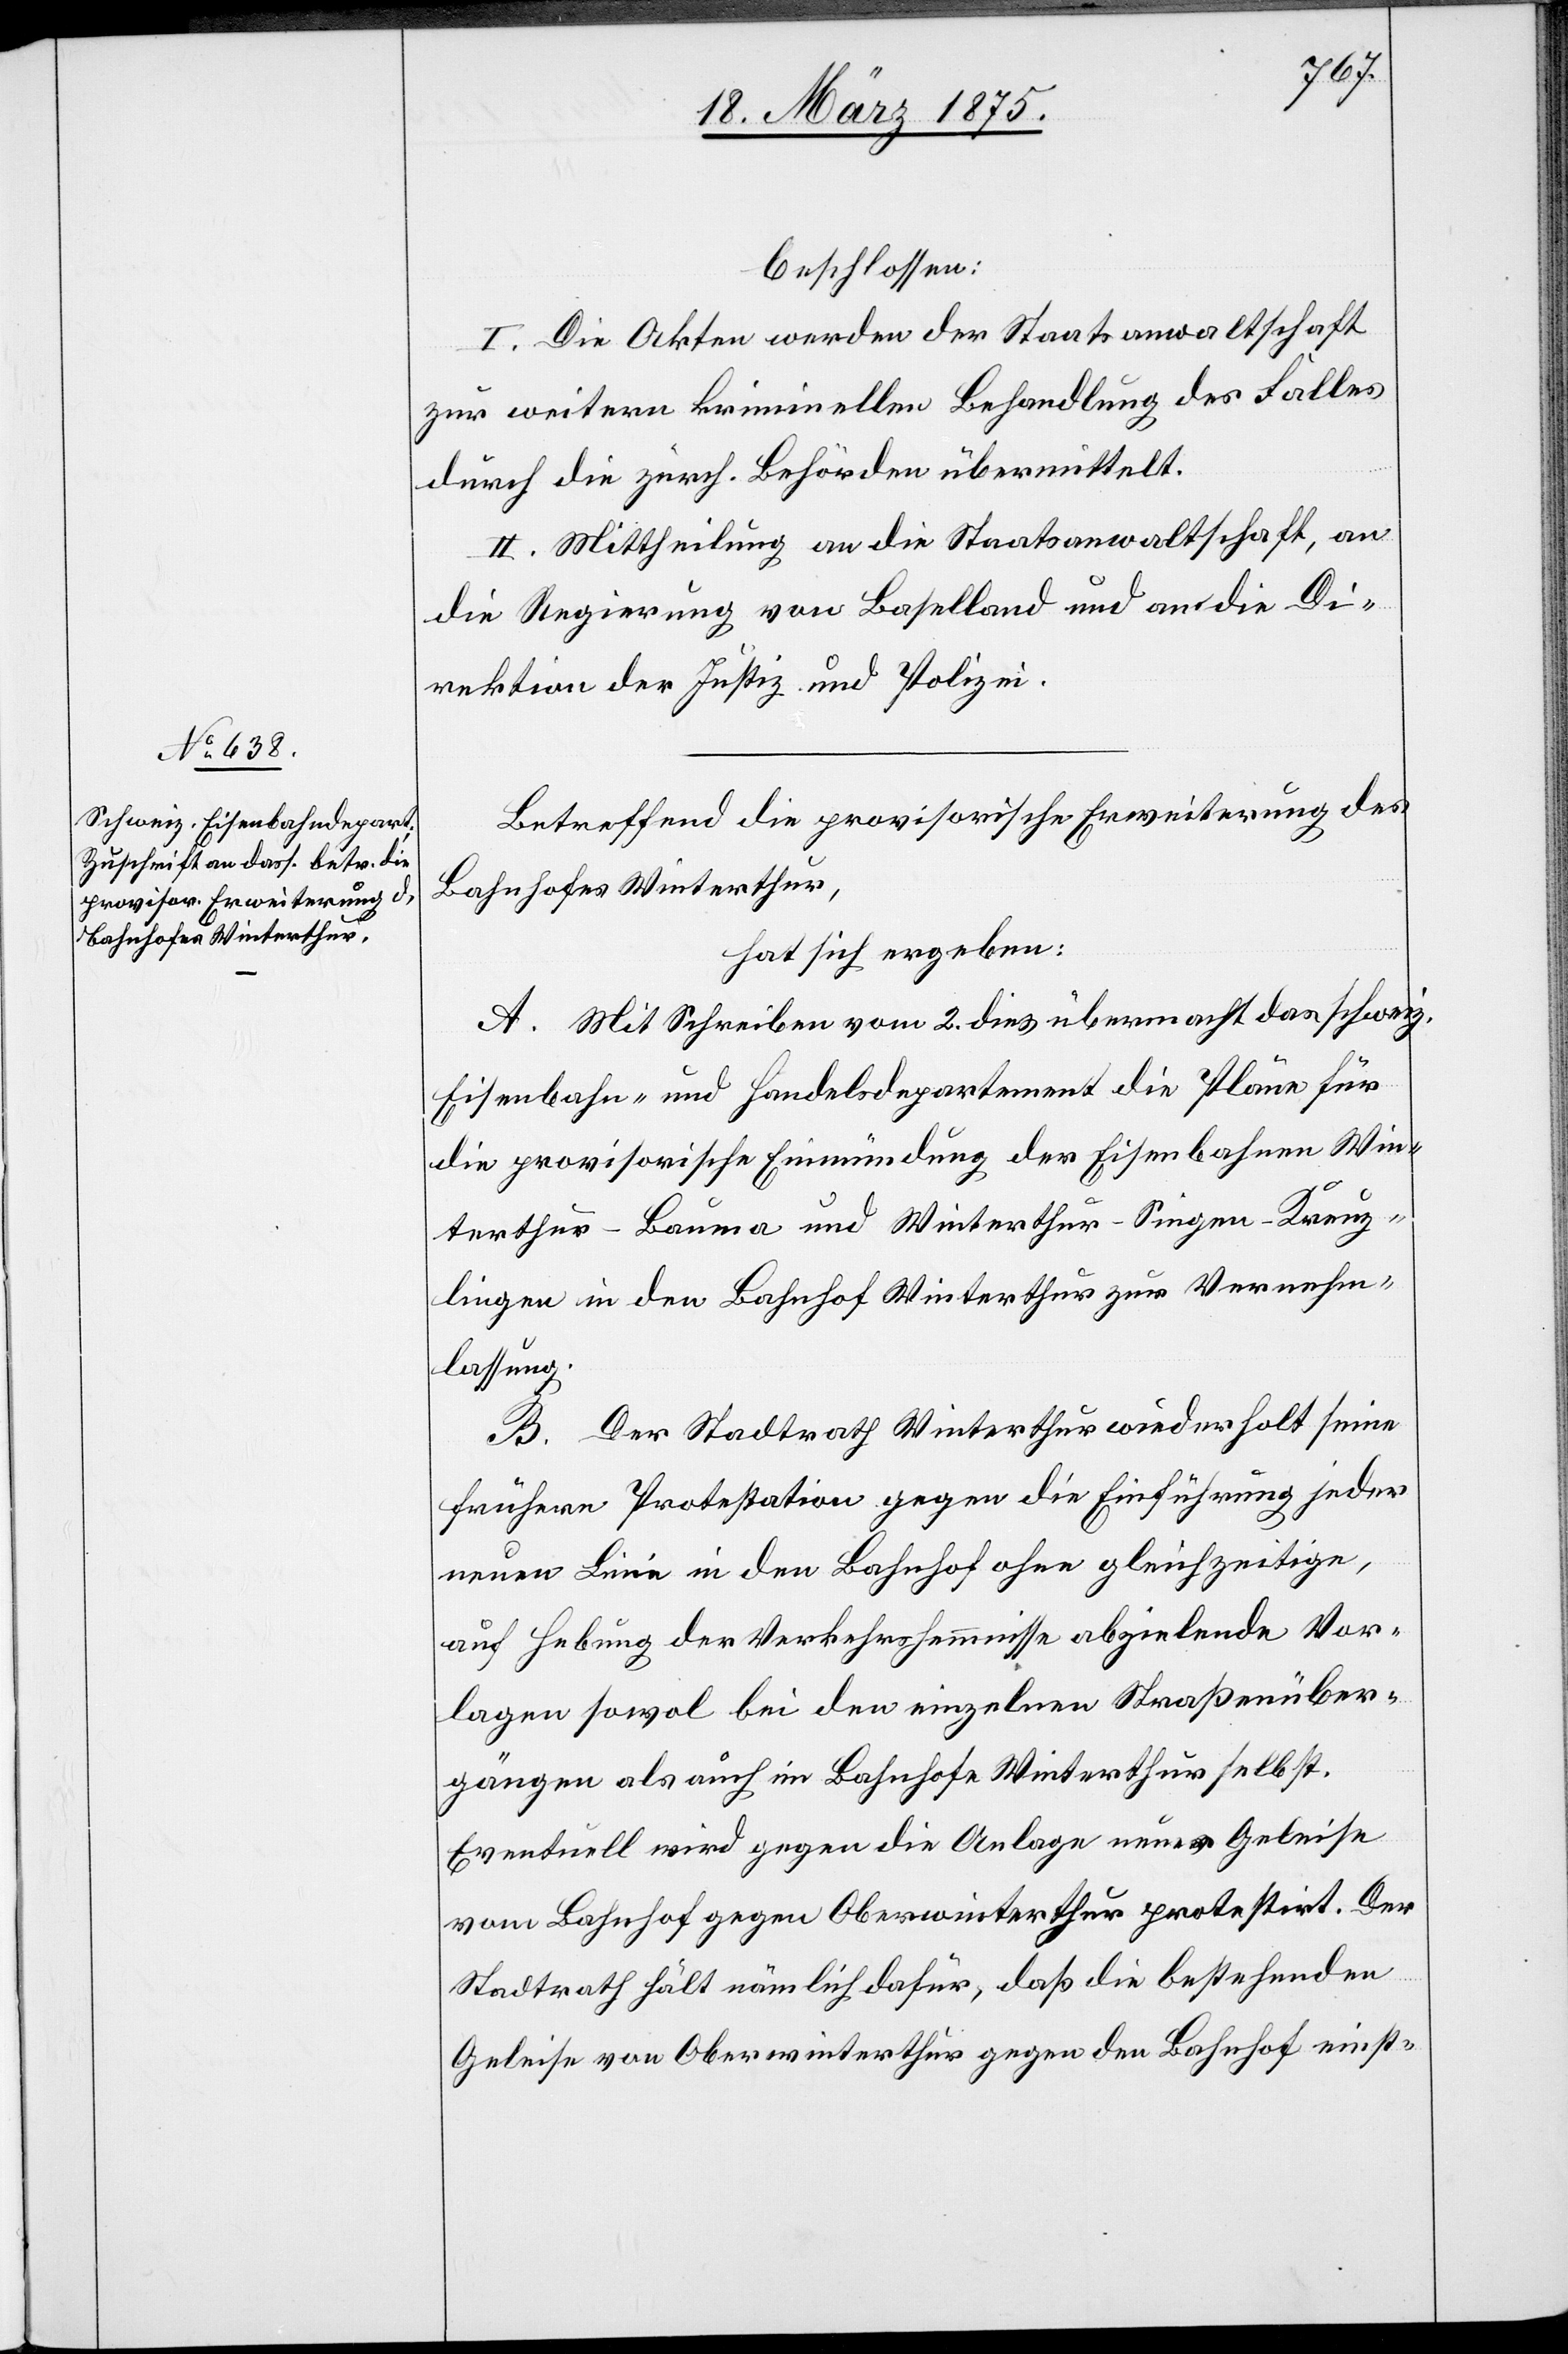
beschlossen:
I. Die Akten werden der Staatsanwaltschaft
zur weitern kriminellen Behandlung des Falles
durch die zürch. Behörden übermittelt.
II. Mittheilung an die Staatsanwaltschaft, an
die Regierung von Baselland und an die Di¬
rektion der Justiz und Polizei.
Betreffend die provisorische Erweiterung des
Bahnhofes Winterthur,
hat sich ergeben:
A. Mit Schreiben vom 2. dies. übermacht das schweiz.
Eisenbahn- und Handelsdepartement die Pläne für
die provisorische Einmündung der Eisenbahnen Win¬
terthur–Bauma und Winterthur–Singen–Kreuz¬
lingen in den Bahnhof Winterthur zur Vernehm¬
lassung.
B. Der Stadtrath Winterthur wiederholt seine
frühere Protestation gegen Einführung jeder
neuen Linie in den Bahnhof ohne gleichzeitige,
auf Hebung der Verkehrshemmnisse abzielende Vor¬
lagen sowol bei den einzelnen Straßenüber¬
gängen als auch im Bahnhofe Winterthur selbst.
Eventuell wird gegen die Anlage neuer Geleise
vom Bahnhof gegen Oberwinterthur protestirt. Der
Stadtrath hält nämlich dafür, daß die bestehenden
Geleise von Oberwinterthur gegen den Bahnhof einst-